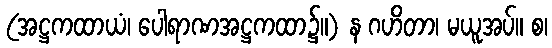
(အဋ္ဌကထာယံ၊ ပေါရာဏအဋ္ဌကထာ၌။) န ဂဟိတာ၊ မယူအပ်။ စ၊